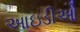
આઇડીઓ